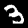
Digit: 3